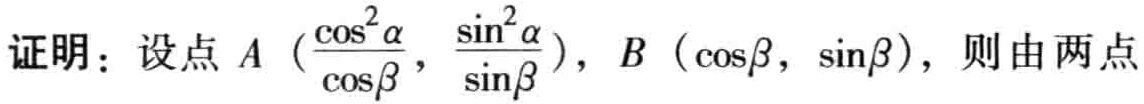
证明：设点\(A \left(\frac{\cos^{2}\alpha}{\cos\beta}, \frac{\sin^{2}\alpha}{\sin\beta}\right), B (\cos\beta, \sin\beta)\)，则由两点